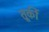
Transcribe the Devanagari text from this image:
तूर्की